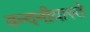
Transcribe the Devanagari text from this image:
वन्दनीयास्ते